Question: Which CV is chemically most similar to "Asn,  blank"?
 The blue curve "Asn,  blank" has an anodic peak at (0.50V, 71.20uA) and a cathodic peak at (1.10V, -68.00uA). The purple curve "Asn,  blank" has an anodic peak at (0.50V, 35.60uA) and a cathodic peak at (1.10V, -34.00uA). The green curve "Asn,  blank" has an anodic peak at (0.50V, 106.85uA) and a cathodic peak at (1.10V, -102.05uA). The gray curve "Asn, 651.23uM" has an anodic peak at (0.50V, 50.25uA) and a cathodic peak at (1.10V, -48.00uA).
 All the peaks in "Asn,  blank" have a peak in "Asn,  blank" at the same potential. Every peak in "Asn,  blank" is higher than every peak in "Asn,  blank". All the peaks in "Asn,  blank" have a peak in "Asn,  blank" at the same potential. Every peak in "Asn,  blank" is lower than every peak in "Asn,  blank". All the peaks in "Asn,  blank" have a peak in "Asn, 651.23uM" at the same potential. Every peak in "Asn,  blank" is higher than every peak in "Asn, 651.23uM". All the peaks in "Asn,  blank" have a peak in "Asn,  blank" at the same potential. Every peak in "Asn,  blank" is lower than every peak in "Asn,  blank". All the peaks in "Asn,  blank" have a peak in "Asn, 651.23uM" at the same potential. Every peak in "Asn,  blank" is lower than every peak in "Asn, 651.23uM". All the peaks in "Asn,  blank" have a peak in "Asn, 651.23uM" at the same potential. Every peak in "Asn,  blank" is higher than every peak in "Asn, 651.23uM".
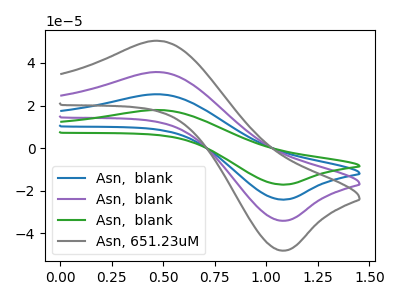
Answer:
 <answer>"Asn,  blank", "Asn,  blank" and "Asn,  blank" have a similar shape to "Asn, 651.23uM".</answer>
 <eval>"Asn,  blank" "Asn,  blank" "Asn,  blank"</eval>